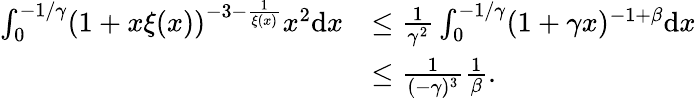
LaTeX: \begin{array}{rl}{\int_{0}^{-1/\gamma}(1+x\xi(x))^{-3-\frac{1}{\xi(x)}}x^{2}\mathrm{d}x}&{\leq\frac{1}{\gamma^{2}}\int_{0}^{-1/\gamma}(1+\gamma x)^{-1+\beta}\mathrm{d}x}\\ &{\leq\frac{1}{(-\gamma)^{3}}\frac{1}{\beta}.}\end{array}